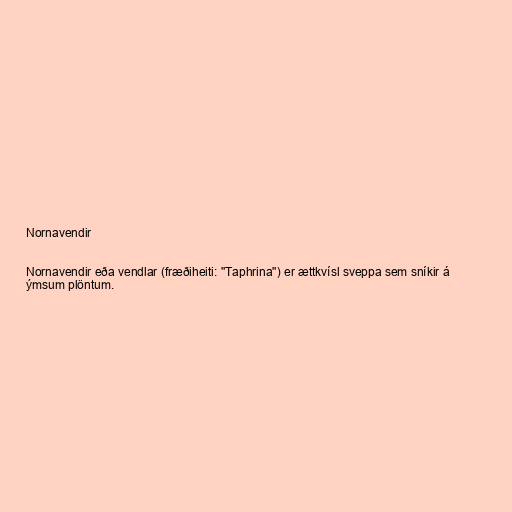
Nornavendir

Nornavendir eða vendlar (fræðiheiti: "Taphrina") er ættkvísl sveppa sem sníkir á
ýmsum plöntum.